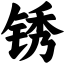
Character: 锈